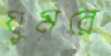
ঘুমরে